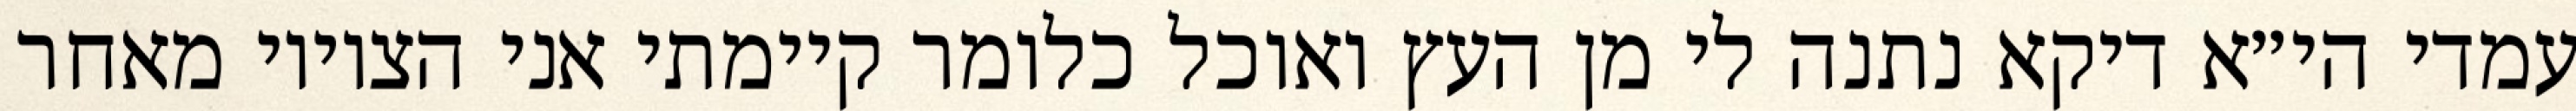
עמדי הי״א דיקא נתנה לי מן העץ ואוכל כלומר קיימתי אני הציווי מאחר